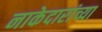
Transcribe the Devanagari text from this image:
नाकेदारांच्या